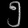
Digit: ၅